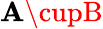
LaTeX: \mathbf{A}\cupB